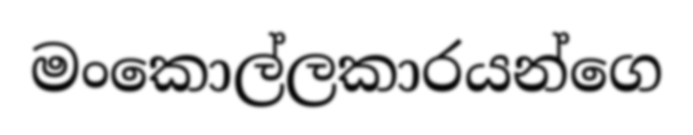
මංකොල්ලකාරයන්ගෙ